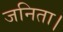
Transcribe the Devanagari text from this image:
जनिता।